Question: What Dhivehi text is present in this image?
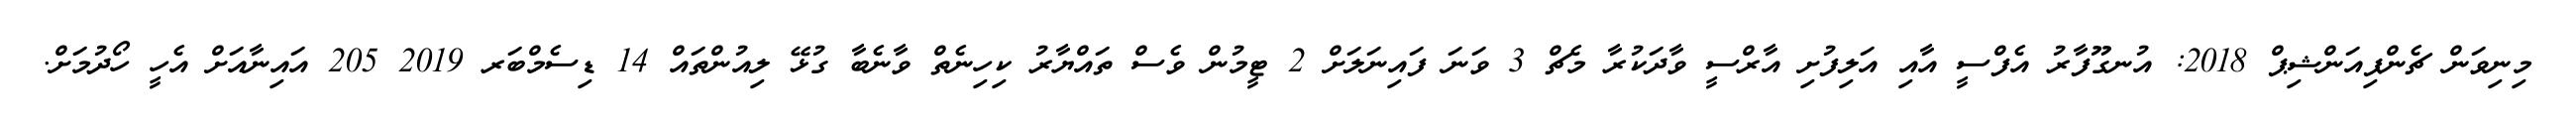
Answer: މިނިވަން ޗެންޕިއަންޝިޕް 2018: އުނގޫފާރު އެފްސީ އާއި އަލިފުށި އާރްސީ ވާދަކުރާ މެޗް 3 ވަނަ ފައިނަލަށް 2 ޓީމުން ވެސް ތައްޔާރު ކިހިނެތް ވާނެބާ ގުޅޭ ލިއުންތައް 14 ޑިސެމްބަރ 2019 205 އައިނާއަށް އެހީ ހޯދުމަށް.